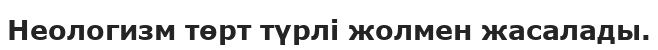
Неологизм төрт түрлі жолмен жасалады.